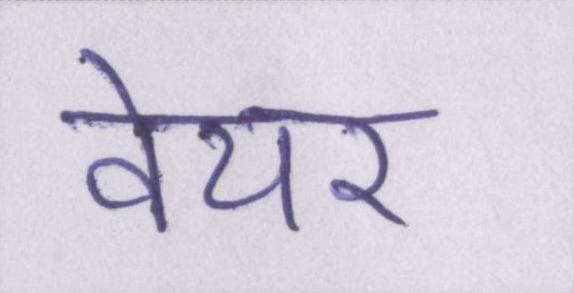
वेयर